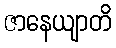
ဇာနေယျာတိ